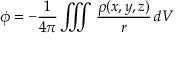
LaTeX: \phi = - { \frac { 1 } { 4 \pi } } \iiint { \frac { \rho ( x , y , z ) } { r } } \, d V